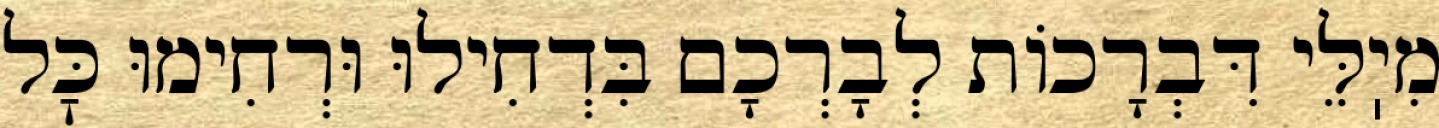
מִיֽלֵּי דִּבְרָכוֹת לְבָרְכָם בִּדְחִילוּ וּרְחִימוּ כׇּל